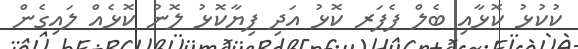
ކުކުޅު ކޮޅާއި ބެލް ޕެޕަރ ކޮޅު އަދި ފިޔާކޮޅު ލޮނު ކޮޅެއް ލައިގެން